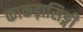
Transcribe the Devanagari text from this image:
काकड़ासिङ्गी